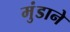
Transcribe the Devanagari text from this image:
मुंडाने